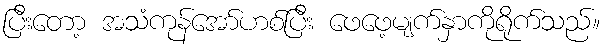
ပြီးတော့ အသံကုန်အော်ဟစ်ပြီး ဖေဖေ့မျက်နှာကိုရိုက်သည်။